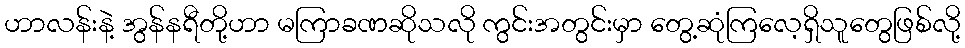
ဟာလန်းနဲ့ အွန်နရီတို့ဟာ မကြာခဏဆိုသလို ကွင်းအတွင်းမှာ တွေ့ဆုံကြလေ့ရှိသူတွေဖြစ်လို့